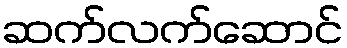
ဆက်လက်ဆောင်